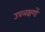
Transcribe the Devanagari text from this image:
उपलक्षणों